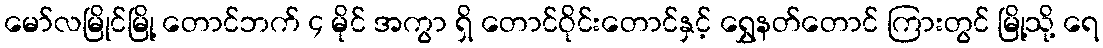
မော်လမြိုင်မြို့ တောင်ဘက် ၄ မိုင် အကွာ ရှိ တောင်ဝိုင်းတောင်နှင့် ရွှေနတ်တောင် ကြားတွင် မြို့သို့ ရေ